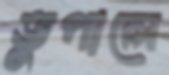
ভুপালে